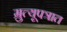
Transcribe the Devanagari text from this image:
म्रुत्यूपत्रात